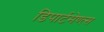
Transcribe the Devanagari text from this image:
डिपार्टमेण्त्स